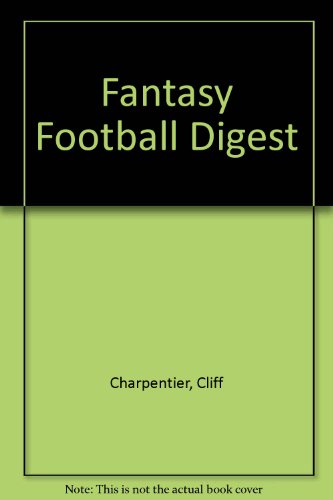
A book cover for Fantasy Football Digest; Cliff Charpentier; Teen & Young Adult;